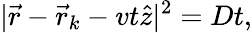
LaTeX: |\vec{r}-\vec{r}_{k}-vt\hat{z}|^{2}=Dt,